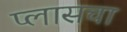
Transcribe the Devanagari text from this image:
प्लासचा